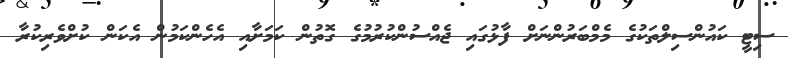
ސިޓީ ކައުންސިލްތަކުގެ މެމްބަރުންނަށް ފާޅުގައި ޖެއްސުންކުރުމުގެ ގޮތުން ކަމަށާއި އެހެންކަމުން އެކަން ކުށްވެރިކުރާ